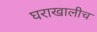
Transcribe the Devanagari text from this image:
घराखालीच